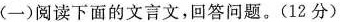
(一)阅读下面的文言文，回答问题。(12分)